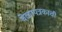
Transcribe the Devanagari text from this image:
वेळापत्रकाची